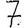
Digit: 7